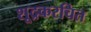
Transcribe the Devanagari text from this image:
शूद्रकरचित